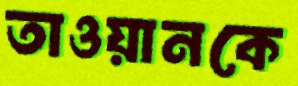
তাওয়ানকে